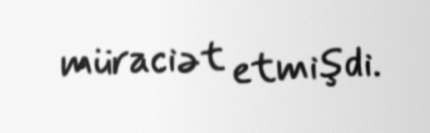
müraciət etmişdi.